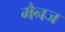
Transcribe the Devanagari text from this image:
मैनज